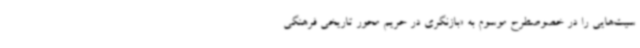
سیت‌هایی را در خصوصطرح موسوم به «بازنگری در حریم محور تاریخی فرهنگی